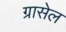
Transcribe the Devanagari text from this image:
ग्रासेल